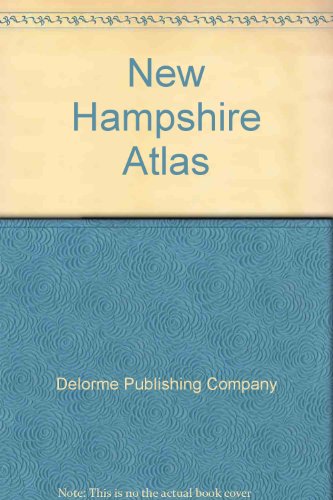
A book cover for New Hampshire Atlas; Travel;